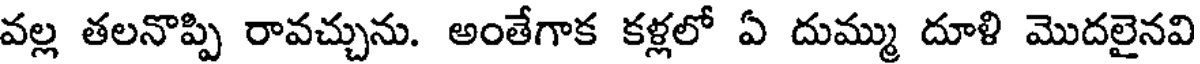
వల్ల తలనొప్పి రావచ్చును. అంతేగాక కళ్లలో ఏ దుమ్ము దూళి మొదలైనవి